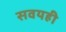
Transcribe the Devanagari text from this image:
सवयही